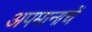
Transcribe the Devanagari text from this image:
अपमानाचें